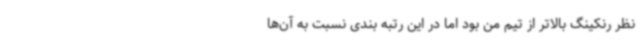
نظر رنکینگ بالاتر از تیم من بود اما در این رتبه بندی نسبت به آن‌ها